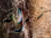
شرائه